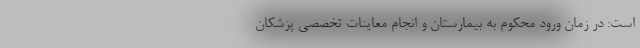
است: در زمان ورود محکوم به بیمارستان و انجام معاینات تخصصی پزشکان